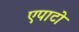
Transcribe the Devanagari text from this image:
एपाटो